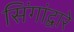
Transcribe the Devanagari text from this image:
सिंगांद्वारे